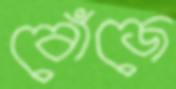
বোঁজে